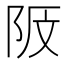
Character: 𱀎